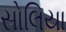
સોલિયા